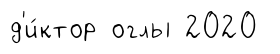
д'и́ктор оглы 2020